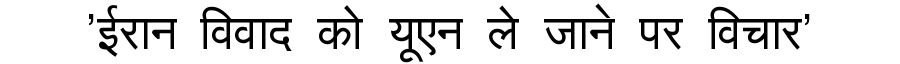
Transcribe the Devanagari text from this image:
'ईरान विवाद को यूएन ले जाने पर विचार'